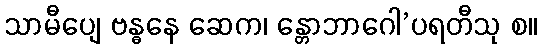
သာမီပျေ ဗန္ဓနေ ဆေက၊ န္တောဘာဂေါ’ပရတီသု စ။